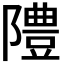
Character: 𨼷